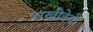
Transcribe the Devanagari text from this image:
राखीदेवी